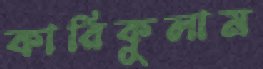
কারিকুলাম